Annual administration report of the Civil Veterinary Department, Ajmere-Merwara, British Rajputana - 1914-1940
Year: 1914
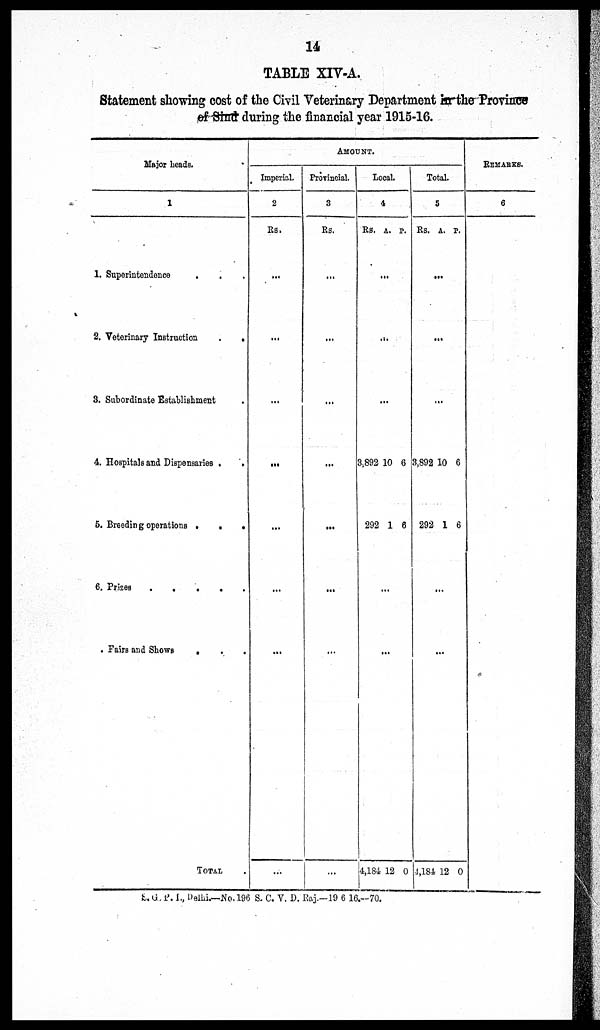
14
TABLE XIV-A.
Statement showing cost of the Civil Veterinary Department in the Province
of Sind during the financial year 1915-16.
Major Leads.
1
1. Superintendence . . .
2. Veterinary Instruction
.
.
3. Subordinate Establishment .
4. Hospitals and Dispensaries .
.
5. Breeding operations
.
.
.
6. Prizes
.
.
.
.
.
Fairs and Shows . . .
TOTAL .
AMOUNT.
Imperial.
2
Rs.
...
...
...
...
...
...
...
Provincial.
3
Rs.
...
...
...
...
...
...
...
Local.
4
Rs.
A. P.
...
...
...
3,892
292
10
1
6
6
...
4,184 12 0
Total.
5
Rs.
A. P.
...
...
...
3,892
292
10
1
6
6
...
4,184 12 0
REMARKS.
6
S. G. P. I., Delhi.—No. 196 S. C. V. D. Raj.-19 6 16.-70.